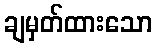
ချမှတ်ထားသော